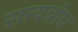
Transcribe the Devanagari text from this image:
सत्यबोध